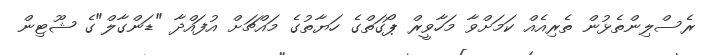
ރެސްލިންތެޅުން ތެރިއެއް ކަމަށްވާ މަހާވީރް ޕޯގަތްގެ ހަޔާތުގެ މައްޗަށް އުފައްދާ "ޑަންގާލް"ގެ ޝޫޓިން